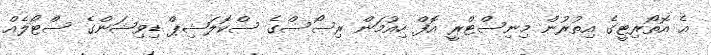
އެ އޮތޯރިޓީގެ އިތުރުން މިނިސްޓްރީ އޮފް ހިއުމަން ރިސޯސްގެ ސްކޮލަޝިޕް ޑިވިޝަންގެ ސްޓޯލެއް